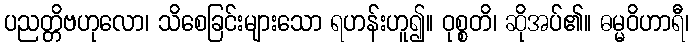
ပညတ္တိဗဟုလော၊ သိစေခြင်းများသော ရဟန်းဟူ၍။ ဝုစ္စတိ၊ ဆိုအပ်၏။ ဓမ္မဝိဟာရီ၊